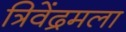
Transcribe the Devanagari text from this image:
त्रिवेंद्रमला